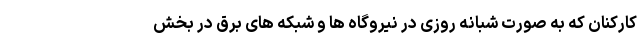
کارکنان که به صورت شبانه روزی در نیروگاه ها و‌ شبکه های برق در‌ بخش